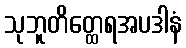
သုဘူတိတ္ထေရအပဒါနံ